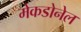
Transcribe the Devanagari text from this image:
मेकडोनेल